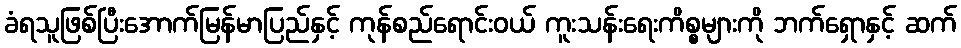
ခံရသူဖြစ်ပြီးအောက်မြန်မာပြည်နှင့် ကုန်စည်ရောင်းဝယ် ကူးသန်းရေးကိစ္စများကို ဘက်ရှောနှင့် ဆက်